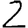
Digit: 2